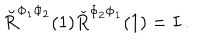
LaTeX: \breve { R } ^ { \Phi _ { 1 } \Phi _ { 2 } } ( 1 ) \check { R } ^ { \Phi _ { 2 } \Phi _ { 1 } } ( 1 ) = I \, .